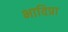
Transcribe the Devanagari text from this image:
भाविप्रा